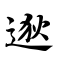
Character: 逖